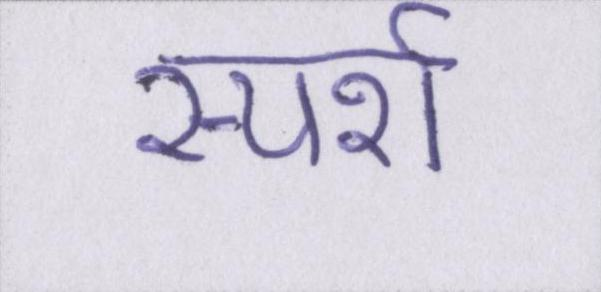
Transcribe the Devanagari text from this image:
स्पर्श